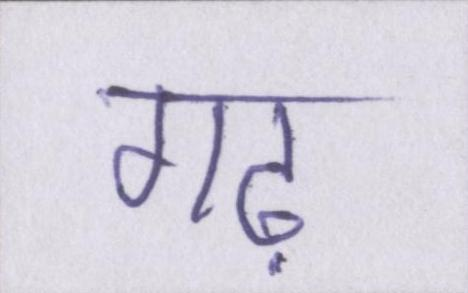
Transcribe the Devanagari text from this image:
गढ़